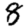
Digit: 8